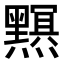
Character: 𤒭